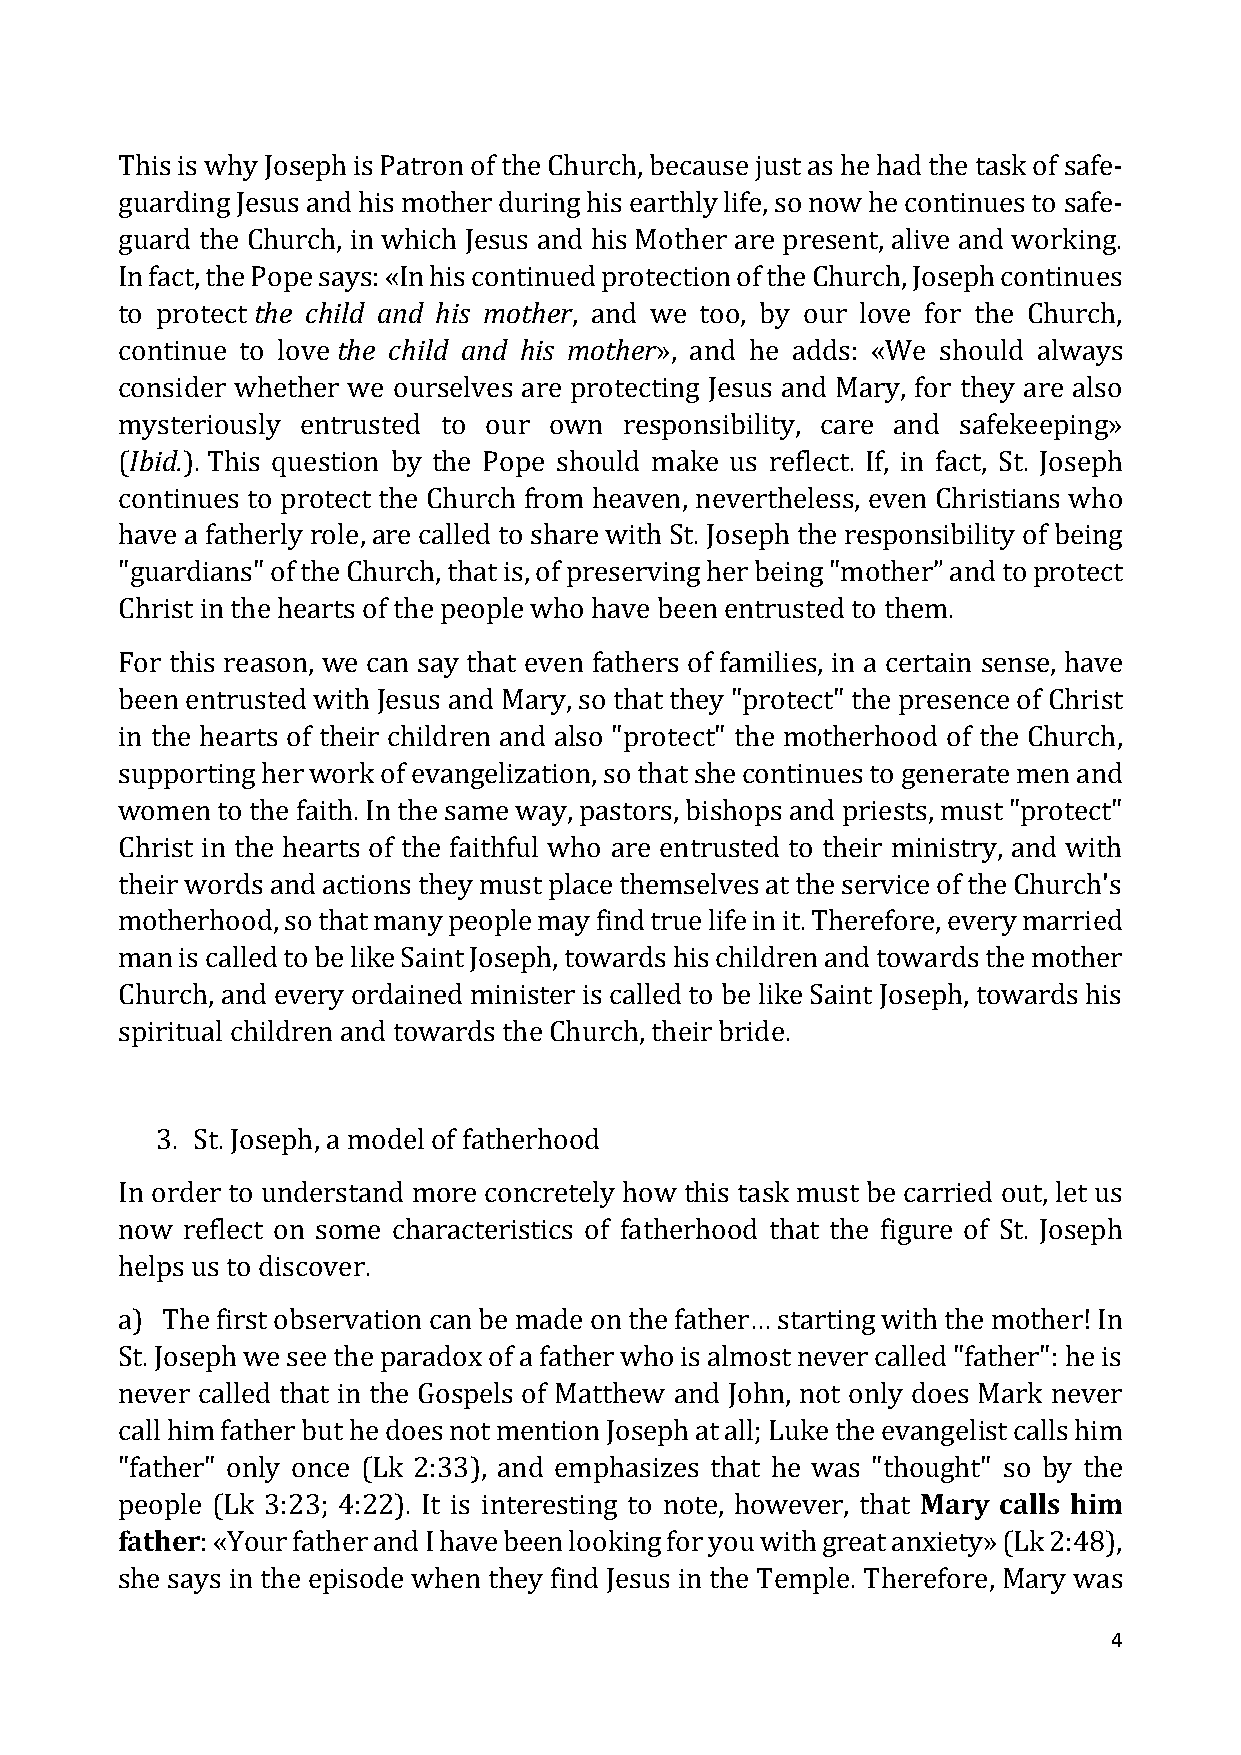
This is why Joseph is Patron of the Church, because just as he had the task of safe-
 guarding Jesus and his mother during his earthly life, so now he continues to safe-
 guard the Church, in which Jesus and his Mother are present, alive and working.
 In fact, the Pope says: «In his continued protection of the Church, Joseph continues
 to protect the child and his mother, and we too, by our love for the Church,
 continue to love the child and his mother», and he adds: «We should always
 consider whether we ourselves are protecting Jesus and Mary, for they are also
 mysteriously entrusted to our own responsibility, care and safekeeping»
 (Ibid.). This question by the Pope should make us reflect. If, in fact, St. Joseph
 continues to protect the Church from heaven, nevertheless, even Christians who
 have a fatherly role, are called to share with St. Joseph the responsibility of being
 "guardians" of the Church, that is, of preserving her being "mother” and to protect
 Christ in the hearts of the people who have been entrusted to them.
 For this reason, we can say that even fathers of families, in a certain sense, have
 been entrusted with Jesus and Mary, so that they "protect" the presence of Christ
 in the hearts of their children and also "protect" the motherhood of the Church,
 supporting her work of evangelization, so that she continues to generate men and
 women to the faith. In the same way, pastors, bishops and priests, must "protect"
 Christ in the hearts of the faithful who are entrusted to their ministry, and with
 their words and actions they must place themselves at the service of the Church's
 motherhood, so that many people may find true life in it. Therefore, every married
 man is called to be like Saint Joseph, towards his children and towards the mother
 Church, and every ordained minister is called to be like Saint Joseph, towards his
 spiritual children and towards the Church, their bride.
 3. St. Joseph, a model of fatherhood
 In order to understand more concretely how this task must be carried out, let us
 now reflect on some characteristics of fatherhood that the figure of St. Joseph
 helps us to discover.
 a) The first observation can be made on the father… starting with the mother! In
 St. Joseph we see the paradox of a father who is almost never called "father": he is
 never called that in the Gospels of Matthew and John, not only does Mark never
 call him father but he does not mention Joseph at all; Luke the evangelist calls him
 "father" only once (Lk 2:33), and emphasizes that he was "thought" so by the
 people (Lk 3:23; 4:22). It is interesting to note, however, that Mary calls him
 father: «Your father and I have been looking for you with great anxiety» (Lk 2:48),
 she says in the episode when they find Jesus in the Temple. Therefore, Mary was
 4